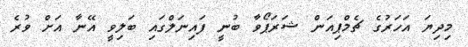
މިދިޔަ އަހަރުގެ ޗެމްޕިއަން ޝަރަޕޯވާ ބުނީ ފައިނަލްގައި ބަލިވީ އޭނާ އަށް ވުރެ